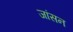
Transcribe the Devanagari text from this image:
जांसन